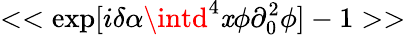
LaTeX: <<\exp[i\delta\alpha\intd^{4}\mathit{x}\phi\partial_{0}^{2}\phi]-1>>